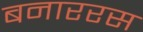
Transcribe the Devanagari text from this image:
बनाररस